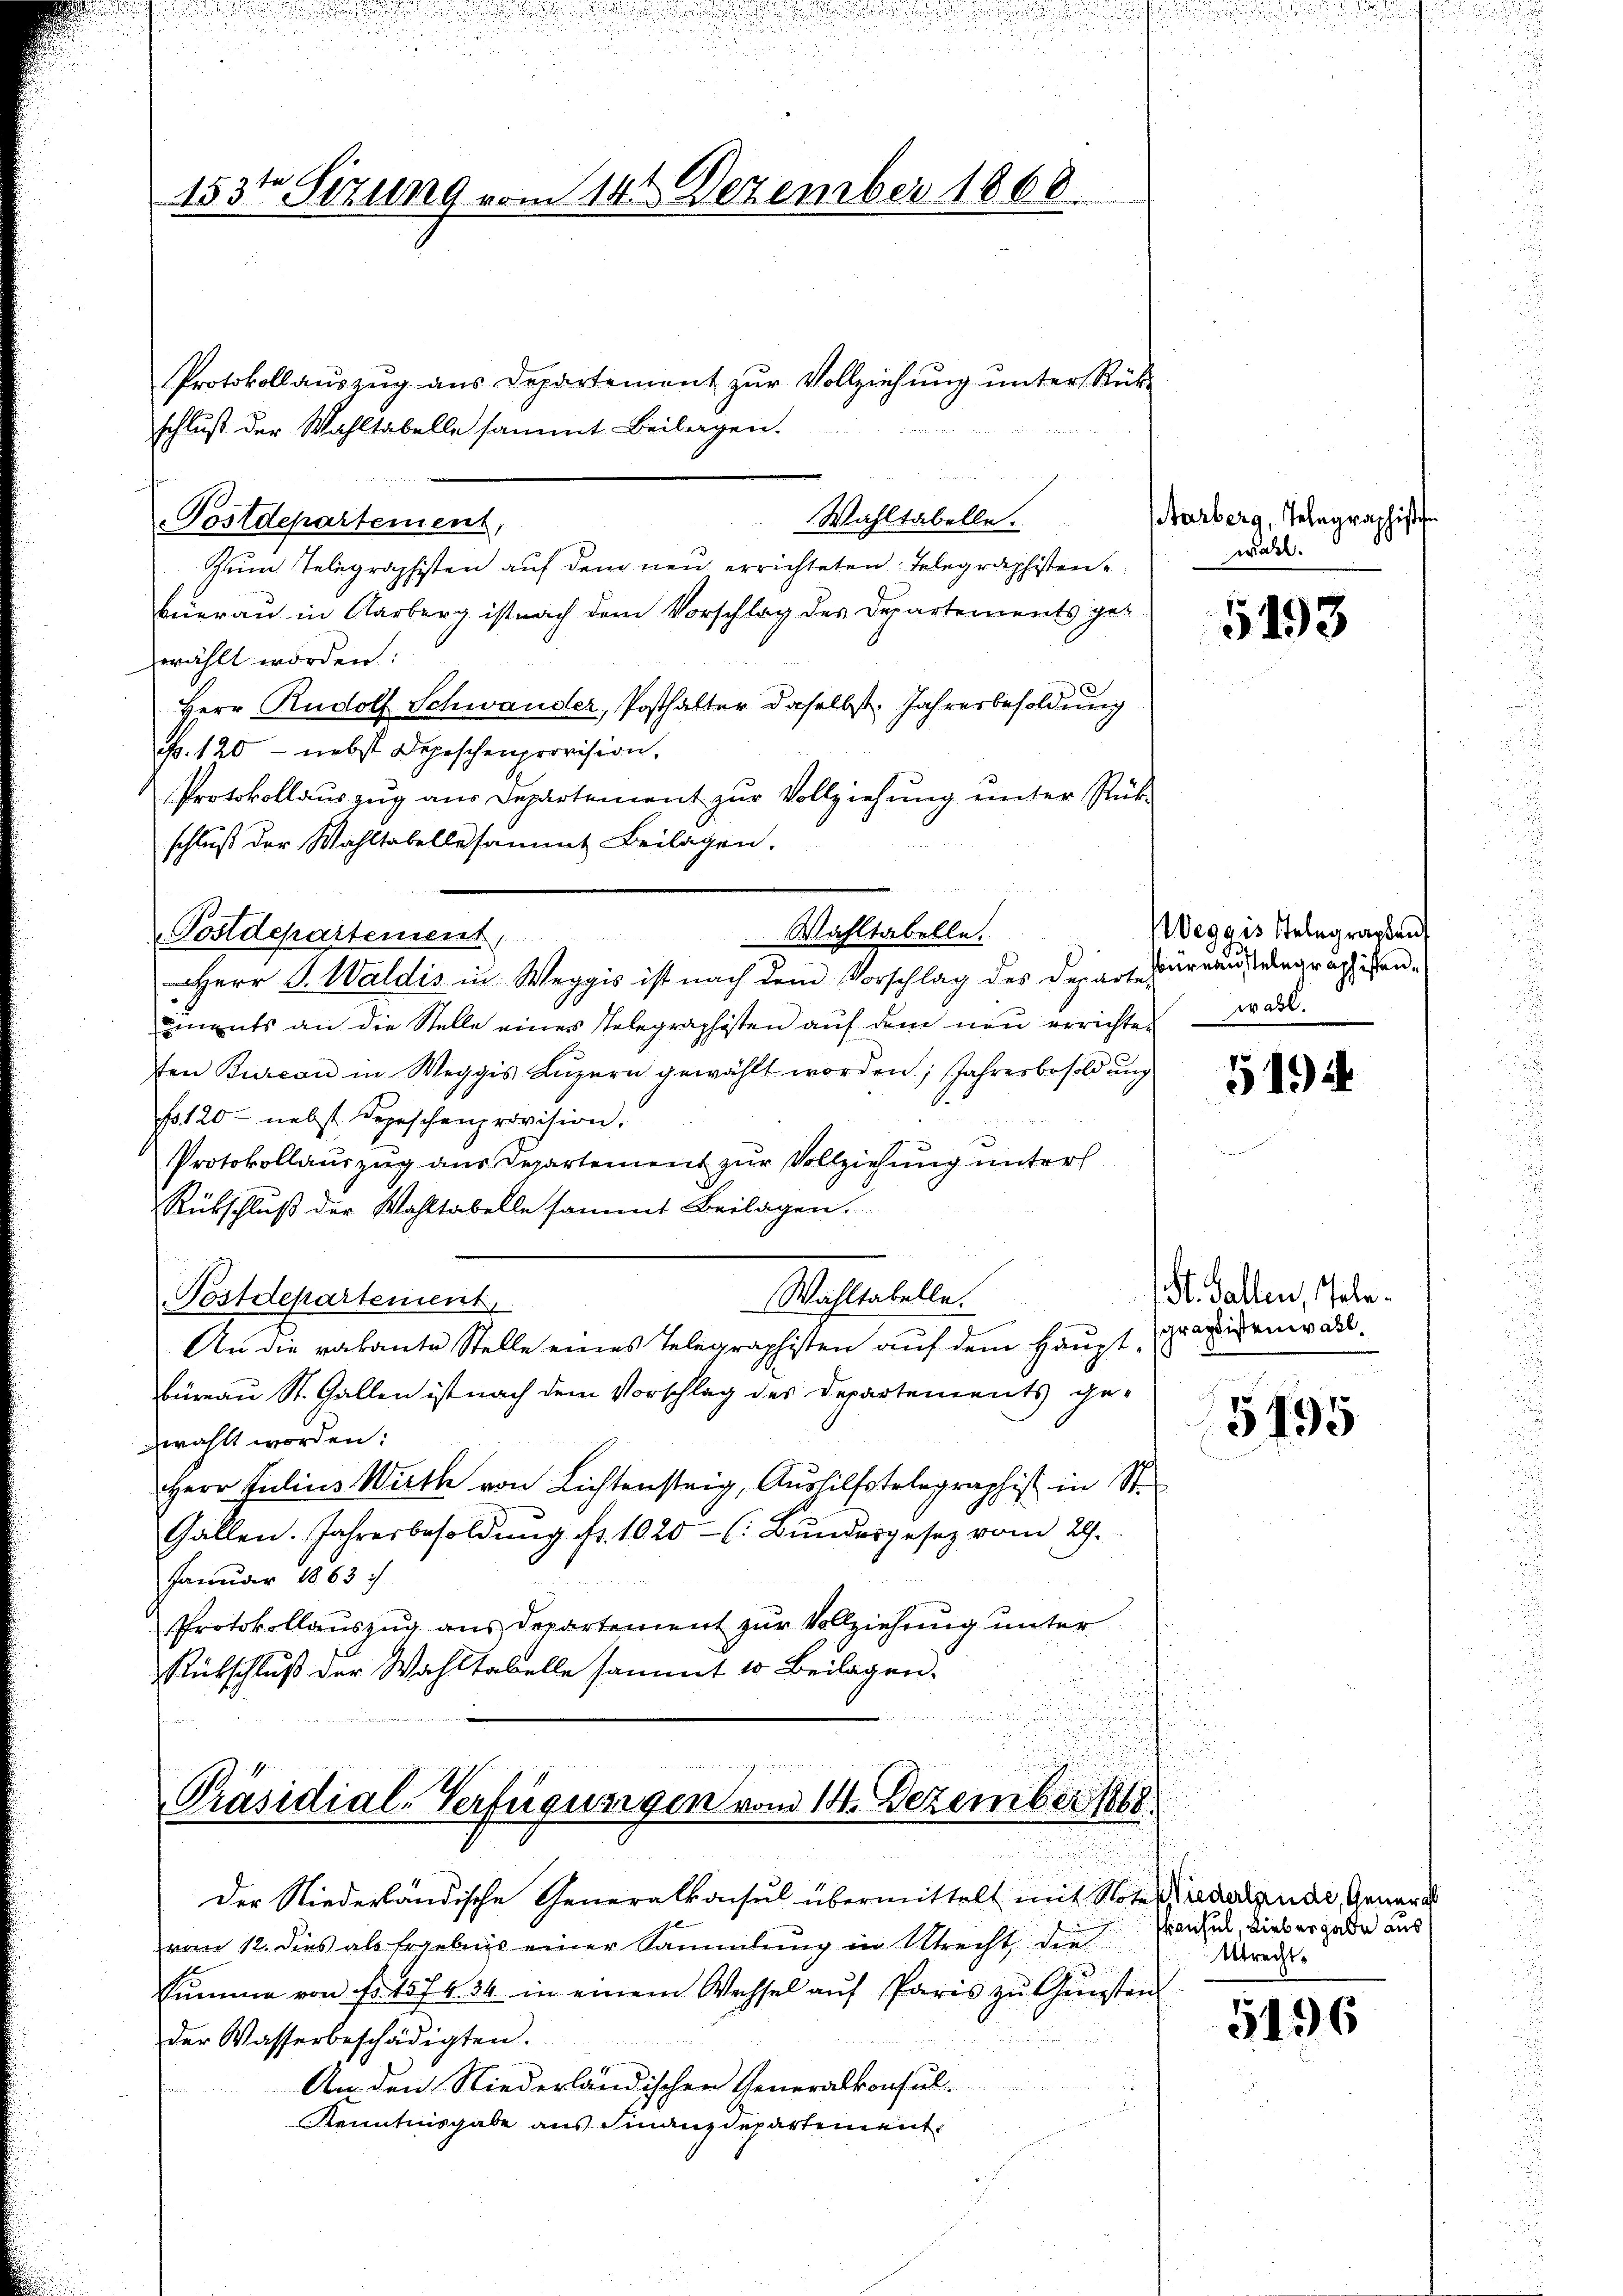
153ten Sizung vom 14. Dezember 1866.

Protokollaŭszŭg ans Departement zŭr Vollziehŭng ŭnter Rück-
schluß der Wahltabelle sammt Beilagen.
Wahltabelle.
Postdepartement,
Zum Telegraphisten auf dem neu errichteten Telegraphisten
Beierau in Aarberg ist nach dem Vorschlag des Departements ge-
wählt worden:
Herr Rudolf Schwander, Posthalter daselbst. Jahresbesoldung
Fr. 120 - nebst Depeschenprovision.
Protokollauszug aus Departement zur Vollziehung unter Rükschluß der Wahltabellesammt Beilagen.
i       12
Herr J. Waldis in Weggis ist nach dem Vorschlag des Departes arraus eingräthigenuments an die Stelle eines Telegraphisten auf dem neu errichteten Burcon in Weggis Luzern gewählt worden; Jahresbesoldung
No. 120 - nebst Depeschenprovision.
Protokollauszug aus Departement zur Vollziehung unters
Rübschluß der Wahltabelle sammt Beilagen.
Wahltabelle.
Postdepartement,
An die vakante Stelle eines Telegraphisten auf dem Haupt¬
Büreau St. Gallen ist nach dem Vorschlag des Departements gezwählt worden:
Herr Julius Wuth von Lichtensteig, Aushilfstelegraphist in St.
Gallen. Jahresbesoldŭng fr. 1020- (: Bŭndesgesetz vom 29.
Januar 1863 :/

Protokollauszug aus Departement zur Vollziehung unter
Rütschluß der Wahltabelle sammt 10 Beilagen.

Postdepartement

Wahltabelle.

Präsidial-Verfügungen vom 14. Dezember 1888

Der Niederländische Generalkonsul übermittelt mit Note reddende Genera
vom 12. dies als Ergebnis einer Sammlung in Utrecht, die
Summe von fr. 157 f. 34. in einem Wechsel auf Paris zu Gunsten
der Wasserbeschädigten.
An den Niederländischen Generalkonsul-
Kenntnisgabe aus Finanzdepartement

arberg, Telegraphische
wahr.

5493

Weggis stelegraphen
wasl.

51944

/ St. Gallen, Tele¬
Graptistenwall.

5195

Konsul, Lieber gabe aus
Abrechts

5496